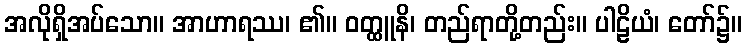
အလိုရှိအပ်သော။ အာဟာရဿ၊ ၏။ ဝတ္ထူနိ၊ တည်ရာတို့တည်း။ ပါဠိယံ၊ တော်၌။